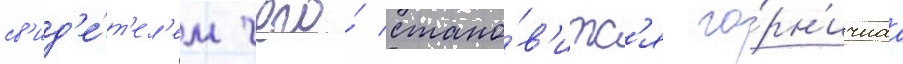
св'ид'е́т'ел'ем чего́ стано́в'итс'я го́рн'ичнаа